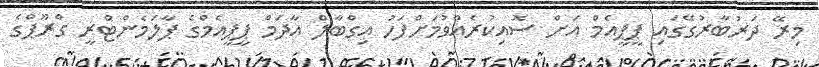
މިރޭ ދަރުބާރުގޭގައި ޕީޕީއެމް އަށް ސޮއިކުރެއްވުމަށްފަހު އިގްބާލް އާދަމް ޕީޕީއެމްގެ ޕާލަމެންޓްރީ ގްރޫޕްގެ